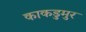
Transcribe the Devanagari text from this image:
काकडुमुर